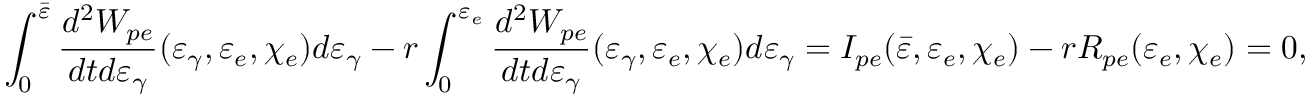
\int _ { 0 } ^ { \bar { \varepsilon } } \frac { d ^ { 2 } W _ { p e } } { d t d \varepsilon _ { \gamma } } ( \varepsilon _ { \gamma } , \varepsilon _ { e } , \chi _ { e } ) d \varepsilon _ { \gamma } - r \int _ { 0 } ^ { \varepsilon _ { e } } \frac { d ^ { 2 } W _ { p e } } { d t d \varepsilon _ { \gamma } } ( \varepsilon _ { \gamma } , \varepsilon _ { e } , \chi _ { e } ) d \varepsilon _ { \gamma } = I _ { p e } ( \bar { \varepsilon } , \varepsilon _ { e } , \chi _ { e } ) - r R _ { p e } ( \varepsilon _ { e } , \chi _ { e } ) = 0 ,